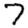
Digit: 7